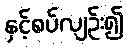
နှင့်စပ်လျဉ်း၍